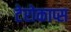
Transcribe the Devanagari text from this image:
टेरोकाप्स